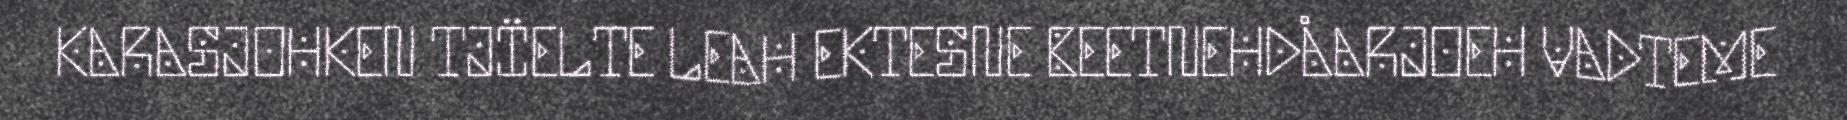
KARASJOHKEN TJÏELTE LEAH EKTESNE BEETNEHDÅARJOEH VADTEME